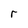
Character: r